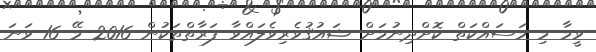
ވީމާ މި މަސައްކަތް ކޮށްދިނުމަށް ޝައުޤުވެރިވެލައްވާ ފަރާތްތަކުން 2016 މޭ 16 ވަނަ